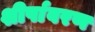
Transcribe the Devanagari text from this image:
शीर्षावरण